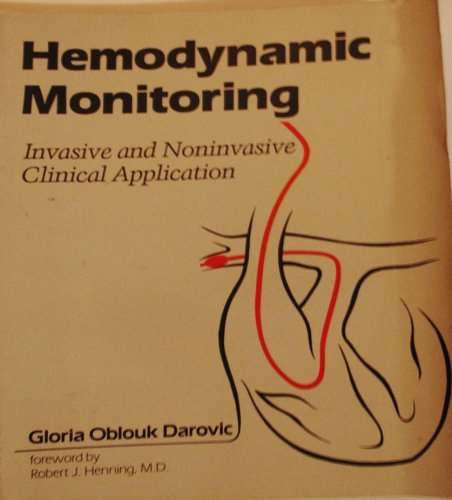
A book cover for Hemodynamic Monitoring: Invasive and Noninvasive Clinical Applications; Gloria Oblouk Darovic; Medical Books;